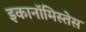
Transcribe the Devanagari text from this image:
इकानॉमिस्तेस